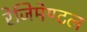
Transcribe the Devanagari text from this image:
रेजिमेण्टल